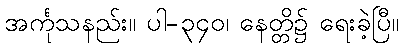
အင်္ကုသနည်း။ ပါ-၃၄၀၊ နေတ္တိ၌ ရေးခဲ့ပြီ။